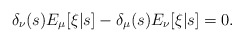
\begin{align*}\delta_\nu(s) E_\mu[\xi|s] - \delta_\mu(s) E_\nu[\xi|s] = 0.\end{align*}